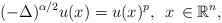
\begin{align*}(-\Delta)^{\alpha/2}u(x) = u(x)^{p},\,~x\, \in \mathbb{R}^n,\end{align*}